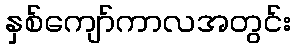
နှစ်ကျော်ကာလအတွင်း